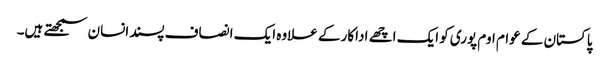
پاکستان کے عوام اوم پوری کو ایک اچھے اداکار کے علاوہ ایک انصاف پسندانسان سمجھتے ہیں۔